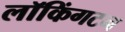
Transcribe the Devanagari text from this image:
लॉकिंगटन